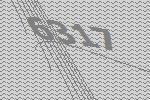
6317